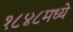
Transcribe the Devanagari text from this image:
१८४८मध्ये